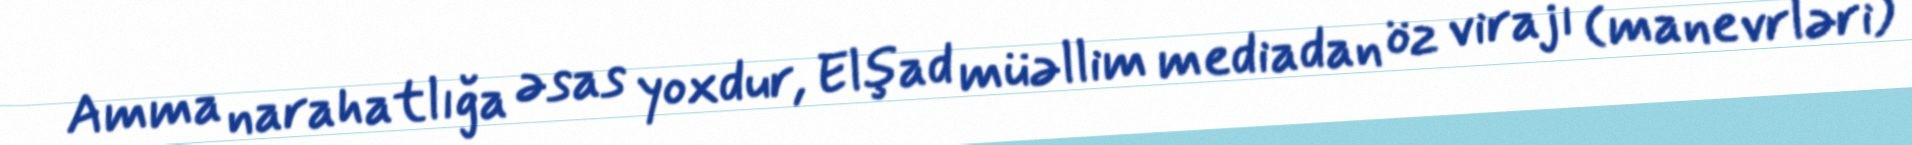
Amma narahatlığa əsas yoxdur, Elşad müəllim mediadan öz virajı (manevrləri)